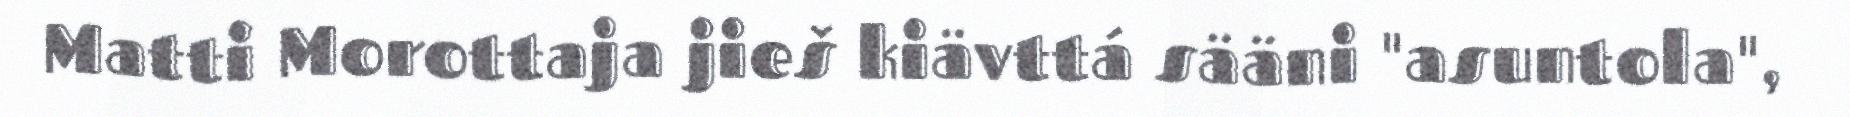
Matti Morottaja jieš kiävttá sääni "asuntola",